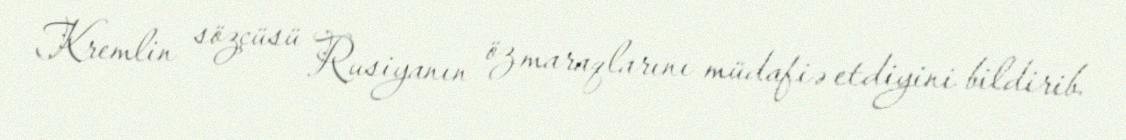
Kremlin sözçüsü Rusiyanın öz maraqlarını müdafiə etdiyini bildirib.